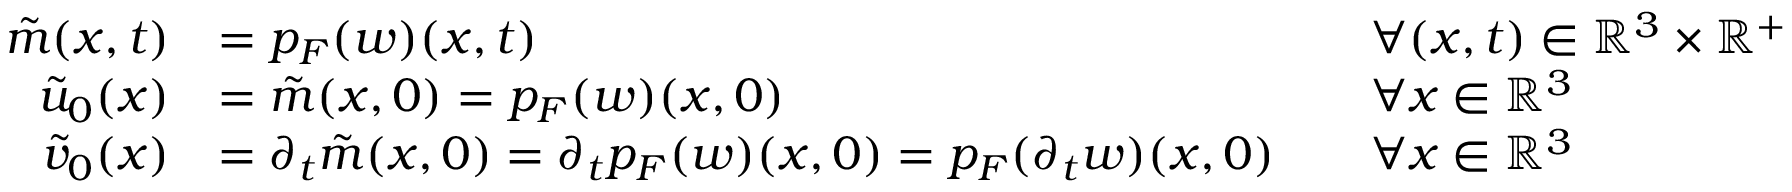
\begin{array} { r l r l } { \tilde { m } ( x , t ) } & { = p _ { F } ( w ) ( x , t ) } & & { \forall ( x , t ) \in \mathbb { R } ^ { 3 } \times \mathbb { R } ^ { + } } \\ { \Tilde { u } _ { 0 } ( x ) } & { = \Tilde { m } ( x , 0 ) = p _ { F } ( w ) ( x , 0 ) } & & { \forall x \in \mathbb { R } ^ { 3 } } \\ { \Tilde { v } _ { 0 } ( x ) } & { = \partial _ { t } \Tilde { m } ( x , 0 ) = \partial _ { t } p _ { F } ( w ) ( x , 0 ) = p _ { F } ( \partial _ { t } w ) ( x , 0 ) } & & { \forall x \in \mathbb { R } ^ { 3 } } \end{array}